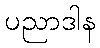
ပညာဒါန